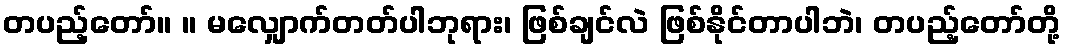
တပည့်တော်။ ။ မလျှောက်တတ်ပါဘုရား၊ ဖြစ်ချင်လဲ ဖြစ်နိုင်တာပါဘဲ၊ တပည့်တော်တို့